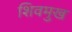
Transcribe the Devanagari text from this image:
शिवमुख